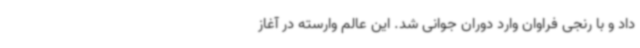
داد و با رنجی فراوان وارد دوران جوانی شد. این عالم وارسته در آغاز